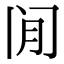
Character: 𫔮